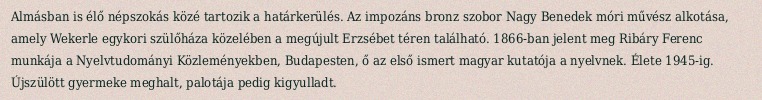
Almásban is élő népszokás közé tartozik a határkerülés. Az impozáns bronz szobor Nagy Benedek móri művész alkotása, amely Wekerle egykori szülőháza közelében a megújult Erzsébet téren található. 1866-ban jelent meg Ribáry Ferenc munkája a Nyelvtudományi Közleményekben, Budapesten, ő az első ismert magyar kutatója a nyelvnek. Élete 1945-ig. Újszülött gyermeke meghalt, palotája pedig kigyulladt.